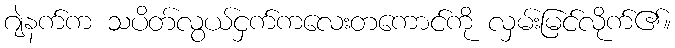
ဂျဲနက်က သပိတ်လွယ်ငှက်ကလေးတကောင်ကို လှမ်းမြင်လိုက်၏။